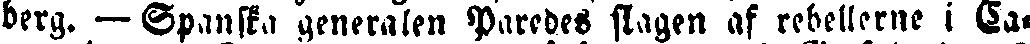
berg. — Spanska generalen Paredes slagen af rebellerne i Ca-